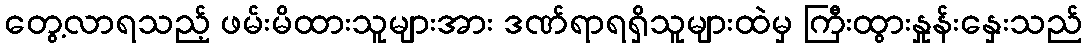
တွေ့လာရသည့် ဖမ်းမိထားသူများအား ဒဏ်ရာရရှိသူများထဲမှ ကြီးထွားနှုန်းနှေးသည်